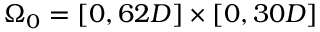
\Omega _ { 0 } = [ 0 , 6 2 D ] \times [ 0 , 3 0 D ]